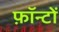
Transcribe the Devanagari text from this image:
फ़ॉन्टों